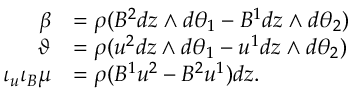
\begin{array} { r l } { \beta } & { = \rho ( B ^ { 2 } d z \wedge d \theta _ { 1 } - B ^ { 1 } d z \wedge d \theta _ { 2 } ) } \\ { \vartheta } & { = \rho ( u ^ { 2 } d z \wedge d \theta _ { 1 } - u ^ { 1 } d z \wedge d \theta _ { 2 } ) } \\ { \iota _ { u } \iota _ { B } \mu } & { = \rho ( B ^ { 1 } u ^ { 2 } - B ^ { 2 } u ^ { 1 } ) d z . } \end{array}